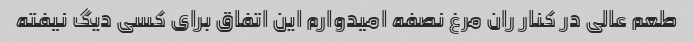
طعم عالی در کنار ران مرغ نصفه امیدوارم این اتفاق برای کسی دیگ نیفته